Plague in India, 1896, 1897 - Volume 2
Year: 1896
Disease focus: Plague
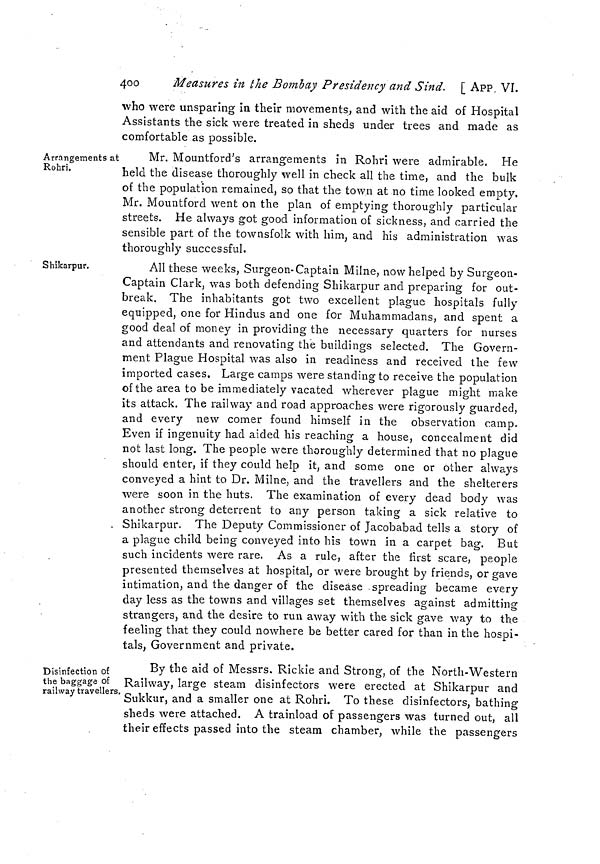
400
Measures in the Bombay Presidency and Sind. [ APP, VI.
who were unsparing in their movements, and with the aid of Hospital
Assistants the sick were treated in sheds under trees and made as
comfortable as possible.
Arrangements at
Rohri.
:
Mr. Mountford's arrangements in Rohri were admirable. He
held the disease thoroughly well in check all the time, and the bulk
of the population remained, so that the town at no time looked empty.
Mr. Mountford went on the plan of emptying thoroughly particular
streets. He always got good information of sickness, and carried the
sensible part of the townsfolk with him, and his administration was
thoroughly successful.
Shikarpur.
All these weeks, Surgeon-Captain Milne, now helped by Surgeon-
Captain Clark, was both defending Shikarpur and preparing for out-
break. The inhabitants got two excellent plague hospitals fully
equipped, one for Hindus and one for Mohammedans, and spent a
good deal of money in providing the necessary quarters for nurses
and attendants and renovating the buildings selected. The Govern-
ment Plague Hospital was also in readiness and received the few
imported cases. Large camps were standing to receive the population
of the area to be immediately vacated wherever plague might make
its attack. The railway and road approaches were rigorously guarded,
and every new comer found himself in the observation camp.
Even if ingenuity had aided his reaching a house, concealment did
not last long. The people were thoroughly determined that no plague
should enter, if they could help it, and some one or other always
conveyed a hint to Dr. Milne, and the travellers and the shelterers
were soon in the huts. The examination of every dead body was
another strong deterrent to any person taking a sick relative to
. Shikarpur. The Deputy Commissioner of Jacobabad tells a story of
a plague child being conveyed into his town in a carpet bag. But
such incidents were rare. As a rule, after the first scare, people
presented themselves at hospital, or were brought by friends, or gave
intimation, and the danger of the disease spreading became every
day less as the towns and villages set themselves against admitting
strangers, and the desire to run away with the sick gave way to the
feeling that they could nowhere be better cared for than in the hospi-
tals, Government and private.
Disinfection of
the baggage of
railway travellers.
By the aid of Messrs. Rickie and Strong, of the North-Western
Railway, large steam disinfectors were erected at Shikarpur and
Sukkur, and a smaller one at Rohri. To these disinfectors, bathing
sheds were attached. A trainload of passengers was turned out, all
their effects passed into the steam chamber, while the passengers